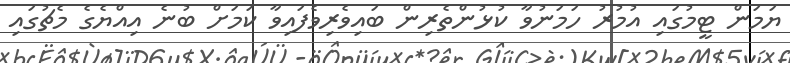
ޔަމަން ޓީމުގައި އުމުރު ހަމަނުވާ ކުޅުންތެރިން ބައިވެރިވެފައިވާ ކަމަށް ބުނެ އިއްޔެގެ މެޗުގައި